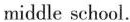
middle school.